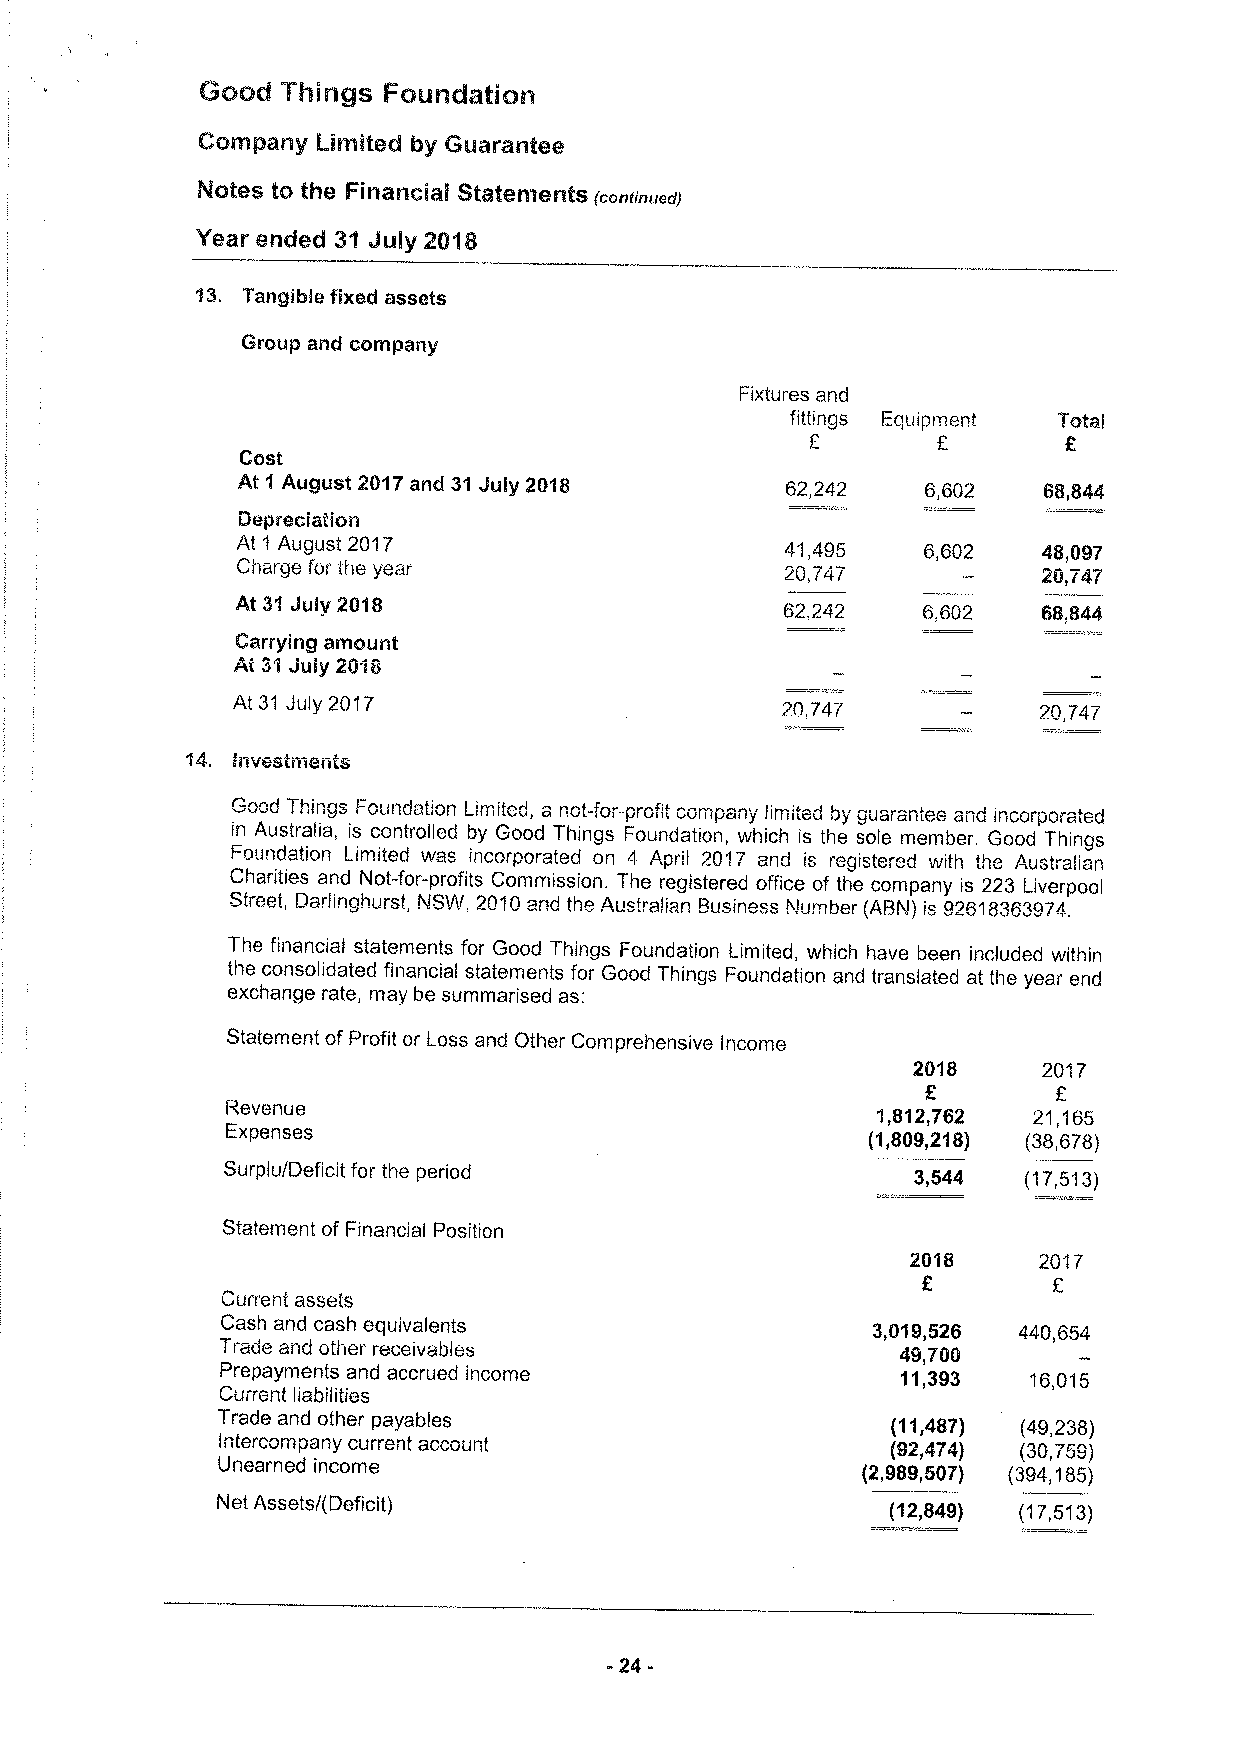
Ge Odl Thilrllgs Feon63tiolrl!
 Company Limited by Guat"antee
 Notes Ito the FinanCllal Statements
 (continued)
 Year ended 31 July 2018
 Tangible fixed assets
 Group and company
 Fixtures and
 fittings Equipment
 C
 Cost
 At 1 August 201?and 31Jiuiy 2018    62,242   6,602
 l3epreclatlon
 At 1 August 2017                    41,495   6,602   48,09?
 Cr!a!gefor the year                 20,747           20,747
 At 31July 2018                      62.242           68.844
 ,
 Carrying amount
 At 31July 2018
 At 31 July 2017                      20,747           20,747
 llnvestn)ents
 =aad Things Foundation Limited, a not-for-profit company limited by guarantee ana Incorporated
 in Australia, is controlled by Good Things Foundation, which is the sole member. Good Things
 Foundation Limited was incorporated on 4 April 20'I? and is registered v ith tha Australian
 Charities and Not-for-profits Commission. The registered office of the company is 223 Liverpool
 Street, Darlinghurst, NSW, 2010and the Australian Business N!umber (ABN!}is 92618363974.
 The financial statements for Good Things Foundation Limited, which have been included within
 the consolidated financial statements for Good Things Foundation and translated at the year end
 exchange rate, may be summarised as:
 Statement ofProfit ar Loss and Other Comprehensive Income
 2018     2017
 E
 Revenue
 1,812,?62 21,165
 Expenses
 (1„8092,18) (38,678}
 Surplu/Deficit for the period                3,544   (17,513)
 Statement of Financiai Position
 2017
 Current assets
 Cash and cash equivalents                  3,019,526 440,654
 Trade and other receivables                  49,700
 Prepayments and accrued income               11,393  16,015
 Current liabilities
 Trade and other payables                     (11,487) (49,238)
 Intercompany current account                 (92,474) (30,759)
 Unearned income                            (2,989,507) (394,185)
 Net Assets/(Deficit)                         I12,849) (17,5)3)